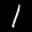
Label: 1